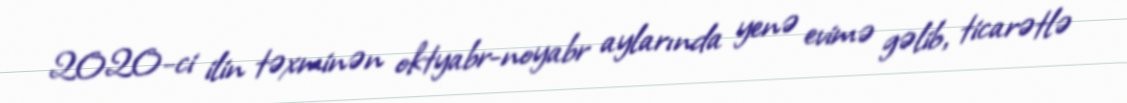
2020-ci ilin təxminən oktyabr-noyabr aylarında yenə evimə gəlib, ticarətlə